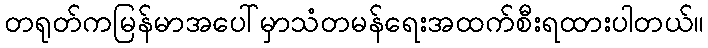
တရုတ်ကမြန်မာအပေါ်မှာသံတမန်ရေးအထက်စီးရထားပါတယ်။